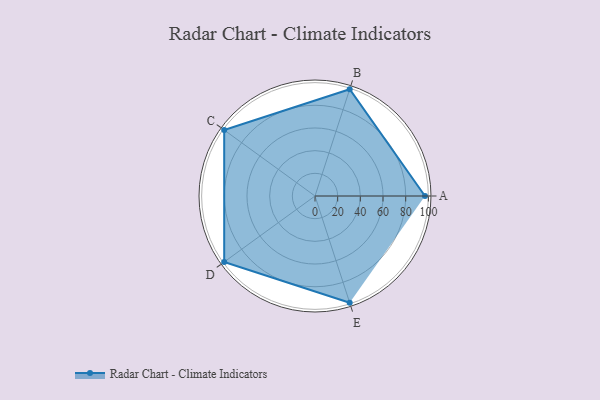
{"axis": {"x": "Skill", "y": "Score"}, "legend": ["Profile"], "data": [{"x": "A", "y": 97.0, "type": "Profile"}, {"x": "B", "y": 99, "type": "Profile"}, {"x": "C", "y": 99, "type": "Profile"}, {"x": "D", "y": 99, "type": "Profile"}, {"x": "E", "y": 99, "type": "Profile"}]}